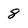
Character: 8